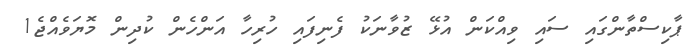
ޕާކިސްތާންގައި ސައި ވިއްކަން އުޅޭ ޒުވާނަކު ފެނިފައި ހުރިހާ އަންހެން ކުދިން މޮޔަވެއްޖެ1